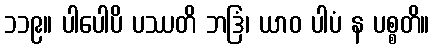
၁၁၉။ ပါပေါပိ ပဿတိ ဘဒြံ၊ ယာဝ ပါပံ န ပစ္စတိ။